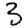
Digit: 3